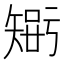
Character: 𥏴